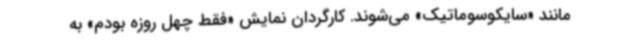
مانند «سایکوسوماتیک» می‌شوند. کارگردان نمایش «فقط چهل روزه بودم» به